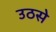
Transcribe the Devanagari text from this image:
उठसे